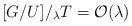
\begin{align*}[G/U]/_{\lambda} T = \mathcal{O}(\lambda)\\\end{align*}